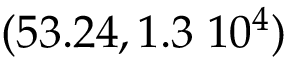
( 5 3 . 2 4 , 1 . 3 \; 1 0 ^ { 4 } )